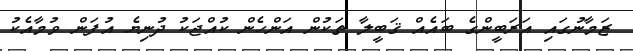
ޒަމާނުގައި އަރަބީންގެ ބައެއް ޤަބީލާ ތަކުން އަންހެން ކުއްޖަކު ދުނިޔެ އުފަން ވުމާއެކު